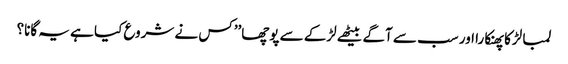
لمبا لڑکا پھنکارا اور سب سے آگے بیٹھے لڑکے سے پوچھا’’کس نے شروع کیا ہے یہ گانا؟